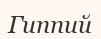
Гиппий